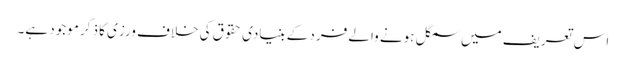
اس تعریف میں سمگل ہونے والے فرد کے بنیادی حقوق کی خلاف ورزی کا ذکر موجود ہے۔